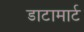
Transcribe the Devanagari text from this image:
डाटामार्ट